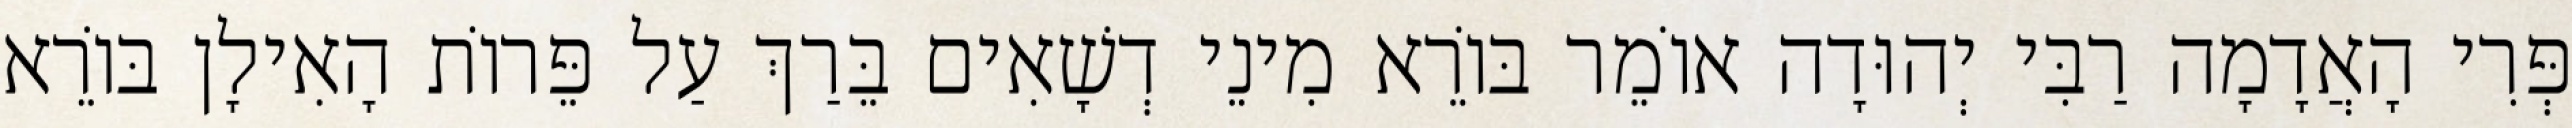
פְּרִי הָאֲדָמָה רַבִּי יְהוּדָה אוֹמֵר בּוֹרֵא מִינֵי דְשָׁאִים בֵּרַךְ עַל פֵּרוֹת הָאִילָן בּוֹרֵא